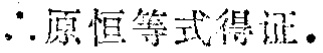
\(\therefore\)原恒等式得证.